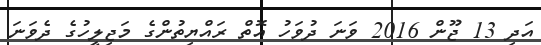
އަދި 13 ޖޫން 2016 ވަނަ ދުވަހު އޮތް ރައްޔިތުންގެ މަޖިލީހުގެ ދެވަނަ